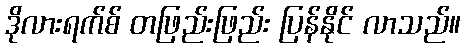
ဒိုလားရက်စ် တဖြည်းဖြည်း ပြန်နိုင် လာသည်။